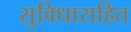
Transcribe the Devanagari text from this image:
सुविधाराहित